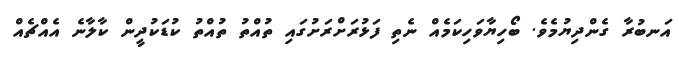
އަނބުރާ ގެންދިޔުމެވެ. ބޯހިޔާވަހިކަމެއް ނެތި ފަޅުރަށްރަށުގައި ތުއްތު ތުއްތު ކުޑަކުދީން ކާލާނެ އެއްޗެއް